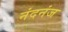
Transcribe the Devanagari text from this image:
नंदनंज